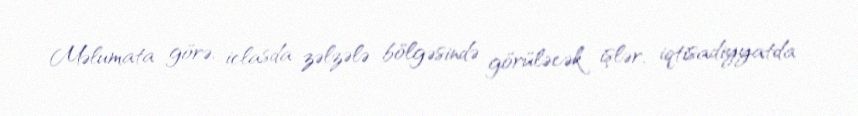
Məlumata görə, iclasda zəlzələ bölgəsində görüləcək işlər, iqtisadiyyatda